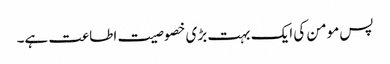
پس مومن کی ایک بہت بڑی خصوصیت اطاعت ہے۔